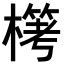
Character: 𣛖